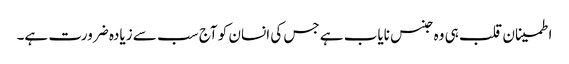
اطمینان قلب ہی وہ جنس نایاب ہے جس کی انسان کو آج سب سے زیادہ ضرورت ہے۔